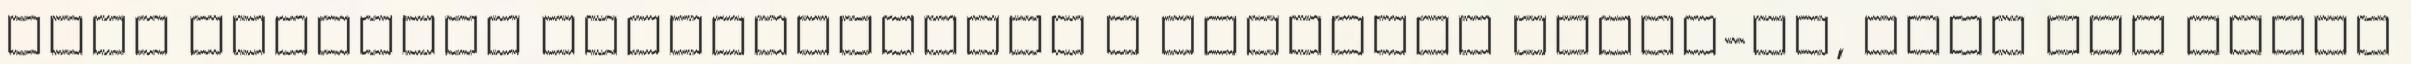
hogy hányszor bosszantottuk a kicsiket James-el, hogy Ron bácsi